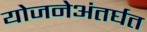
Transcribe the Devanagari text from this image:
योजनेअंतर्घत